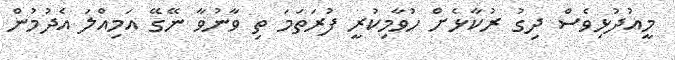
މީއުދުޅިވެސް ދިގު ރުކާޅެށް ހުވާމިކުރީ ފުރަތަމަ ތި ވާނުވާ ނޭގޭ އަމިއްލަ އެދުމުން